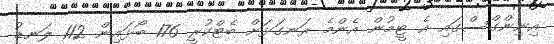
އިނިންގްސްގައި އެ ޓީމުން އެންމެ ރަނގަޅަށް ބެޓްކުރީ 176 ބޯޅައިން 112 ލަނޑު